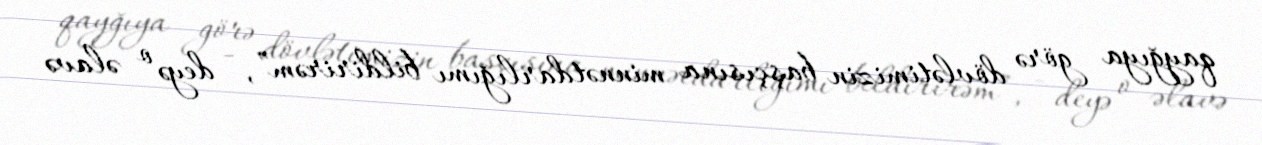
qayğıya görə dövlətimizin başçısına minnətdarlığımı bildirirəm”, - deyə o əlavə